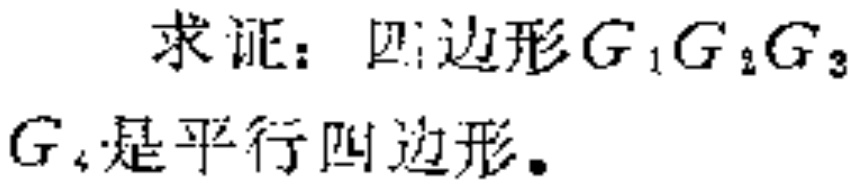
求证：四边形\(G_{1}G_{2}G_{3}G_{4}\)是平行四边形。